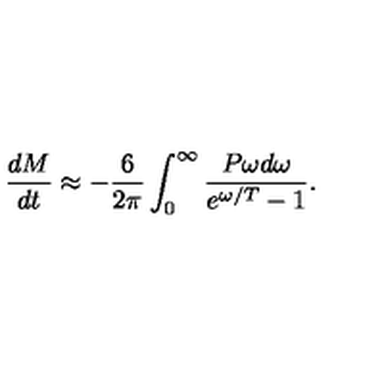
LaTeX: { \frac { d M } { d t } } \approx - { \frac { 6 } { 2 \pi } } \int _ { 0 } ^ { \infty } { \frac { P \omega d \omega } { e ^ { \omega / T } - 1 } } .